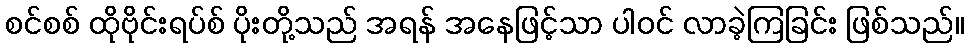
စင်စစ် ထိုဗိုင်းရပ်စ် ပိုးတို့သည် အရန် အနေဖြင့်သာ ပါဝင် လာခဲ့ကြခြင်း ဖြစ်သည်။